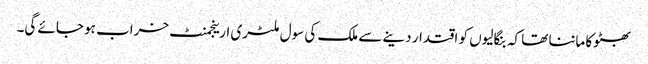
بھٹوکا ماننا تھا کہ بنگالیوں کو اقتدار دینے سے ملک کی سول ملٹری ارینجمنٹ خراب ہو جائے گی۔